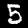
Digit: 5